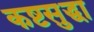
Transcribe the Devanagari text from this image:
कष्टसुद्धा